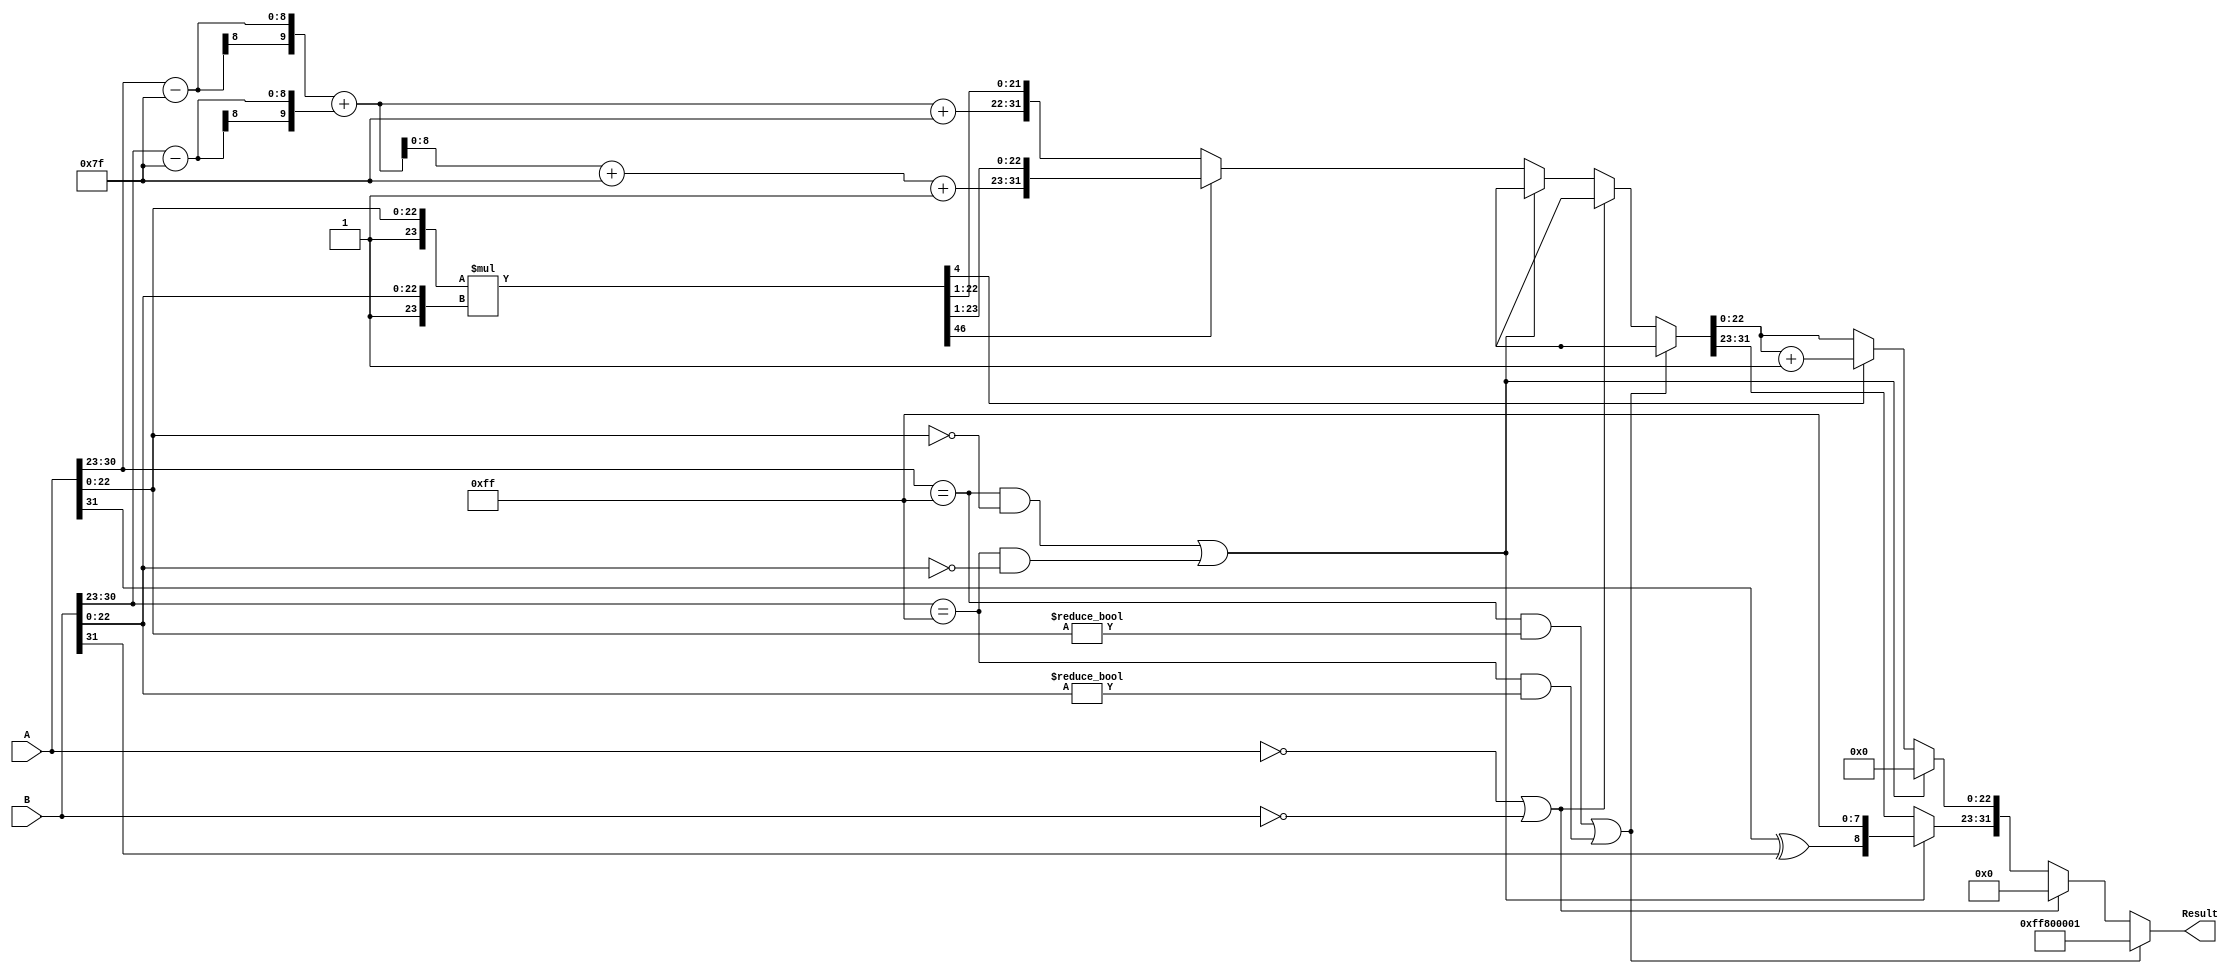
module floating_point_multiplier (
    input  wire [31:0] A,    // First floating-point operand
    input  wire [31:0] B,    // Second floating-point operand
    output reg  [31:0] Result // Product of the two floating-point operands
);

    // Constants
    localparam BIAS = 8'd127;
    localparam EXP_WIDTH = 8;
    localparam MANT_WIDTH = 23;

    // Signals
    wire signA, signB, signR;
    wire [EXP_WIDTH-1:0] expA, expB, expR;
    wire [MANT_WIDTH-1:0] mantA, mantB;
    wire [MANT_WIDTH+1:0] mantA_norm, mantB_norm, mantR;
    wire [46:0] mant_product; // 23 + 23 = 46 bits
    wire [EXP_WIDTH+1:0] expA_adjusted, expB_adjusted;
    wire [EXP_WIDTH+1:0] exp_sum;
    wire [46:0] mantR_temp;
    wire [4:0] round_bits; // Bits for rounding
    wire is_zeroA, is_zeroB, is_nanA, is_nanB;
    wire is_infA, is_infB;

    // Extracting sign, exponent, and mantissa
    assign signA = A[31];
    assign signB = B[31];
    assign expA = A[30:23];
    assign expB = B[30:23];
    assign mantA = A[22:0];
    assign mantB = B[22:0];

    assign is_zeroA = (A == 32'b0);
    assign is_zeroB = (B == 32'b0);
    assign is_nanA = (A[30:23] == 8'b11111111) && (A[22:0] != 23'b0);
    assign is_nanB = (B[30:23] == 8'b11111111) && (B[22:0] != 23'b0);
    assign is_infA = (A[30:23] == 8'b11111111) && (A[22:0] == 23'b0);
    assign is_infB = (B[30:23] == 8'b11111111) && (B[22:0] == 23'b0);

    // Normalizing mantissas
    assign mantA_norm = {1'b1, mantA}; // Implicit leading 1 for normalized numbers
    assign mantB_norm = {1'b1, mantB}; // Implicit leading 1 for normalized numbers

    // Adjusting exponents
    assign expA_adjusted = expA - BIAS;
    assign expB_adjusted = expB - BIAS;

    // Calculate the product of mantissas
    assign mant_product = mantA_norm * mantB_norm;

    // Sum of adjusted exponents
    assign exp_sum = expA_adjusted + expB_adjusted;

    // Prepare the mantissa result
    assign mantR_temp = mant_product[46:1]; // Drop the least significant bit
    assign round_bits = mant_product[0:4]; // Get bits for rounding

    // Determine the sign of the result
    assign signR = signA ^ signB;

    // Check for special cases
    always @(*) begin
        if (is_nanA || is_nanB) begin
            Result = {1'b1, 8'b11111111, 23'b1}; // NaN
        end else if (is_zeroA || is_zeroB) begin
            Result = 32'b0; // Zero
        end else if (is_infA || is_infB) begin
            Result = {signR, 8'b11111111, 23'b0}; // Infinity
        end else begin
            // Normalization and rounding
            if (mant_product[46]) begin // If the product is greater than or equal to 2
                Result = {signR, exp_sum + BIAS + 1, mantR_temp[22:0]};
            end else begin
                Result = {signR, exp_sum + BIAS, mantR_temp[21:0]}; // Shift right
            end

            // Rounding
            if (round_bits[4]) begin // Check for rounding
                Result[22:0] = Result[22:0] + 1; // Round up
            end
        end
    end

endmodule